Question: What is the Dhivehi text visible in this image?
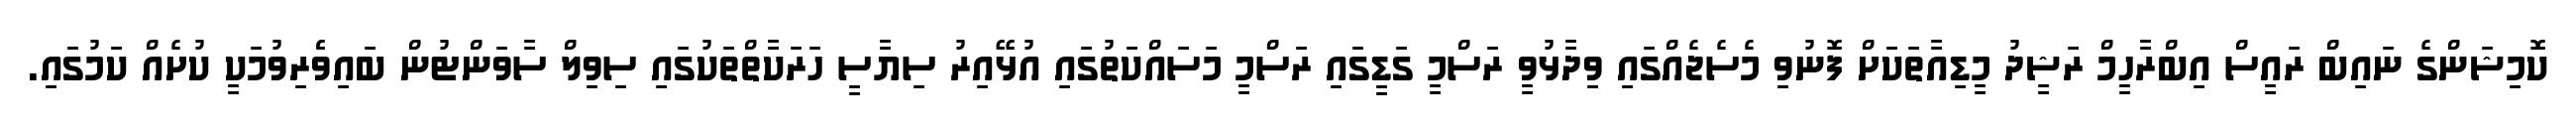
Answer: ކޮމިޝަންގެ ނައިބް ރައީސް އިބްރާހީމް ރަޝީދު މީޑިއާތަކަށް ފޮނުވި މެސެޖެއްގައި ވިދާޅުވީ ރަސްމީ ގަޑީގައި ރަސްމީ މަސައްކަތުގައި އުޅޭއިރު ސިޔާސީ ހަރަކާތްތަކުގައި ސިވިލް ސާވަންޓުން ބައިވެެރިވުމަކީ ކުށެއް ކަމުގައި.